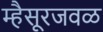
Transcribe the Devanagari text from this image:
म्हैसूरजवळ